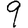
Digit: 9